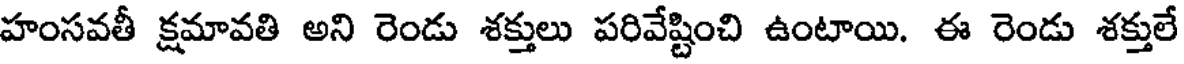
హంసవతీ క్షమావతి అని రెండు శక్తులు పరివేష్టించి ఉంటాయి. ఈ రెండు శక్తులే